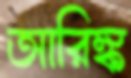
আরিঙ্ক